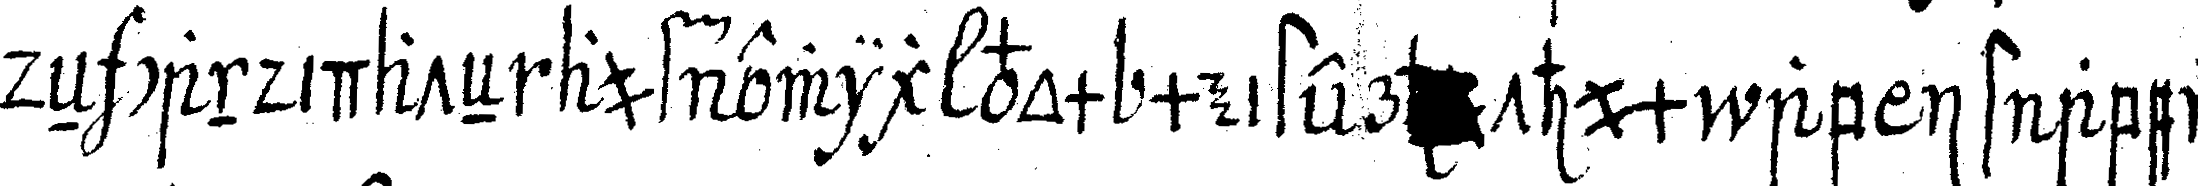
deN candidateN auf ewig vom meister  thum ab ist aber